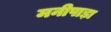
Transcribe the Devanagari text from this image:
मनीपाड़ा